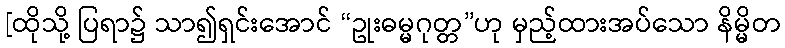
[ထိုသို့ ပြရာ၌ သာ၍ရှင်းအောင် “ဥုးဓမ္မဂုတ္တ”ဟု မှည့်ထားအပ်သော နိမ္မိတ